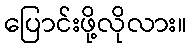
ပြောင်းဖို့လိုလား။